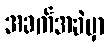
အခက်အခဲမှာ